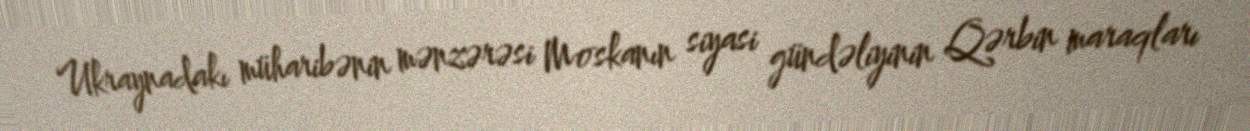
Ukraynadakı müharibənin mənzərəsi Moskanın siyasi gündəliyinin Qərbin maraqları